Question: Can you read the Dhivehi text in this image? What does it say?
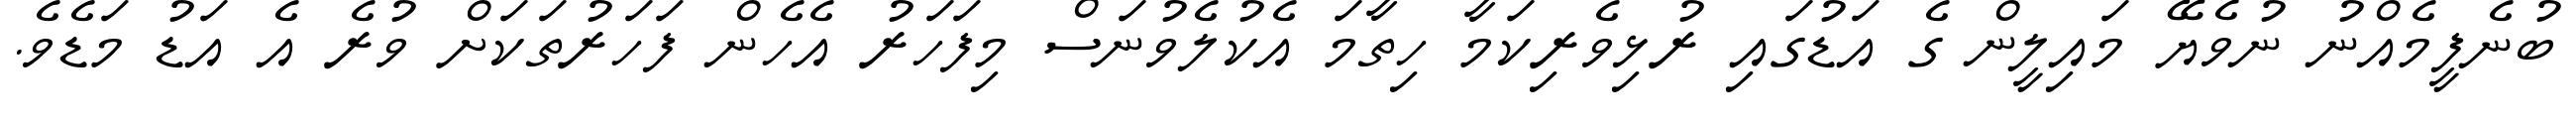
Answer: ބުނެފީމެއްނު ނުވެޔޭ މައިލީން ގެ އަޑުގައި ރުޅިވެރިކަމާ ހިތާމަ އެކުލެވުނަސް މިފަހަރު އެހެން ފަހަރުތަކަށް ވުރެ އެ އަޑު މަޑެވެ.